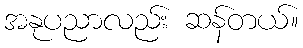
အနုပညာလည်း ဆန်တယ်။